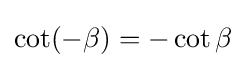
\cot(-\beta )=-\cot \beta